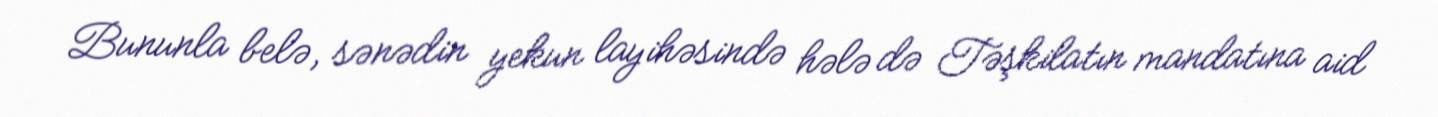
Bununla belə, sənədin yekun layihəsində hələ də Təşkilatın mandatına aid